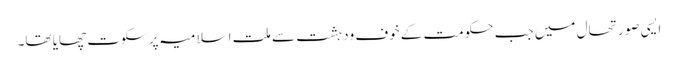
ایسی صورتحال میں جب حکومت کے خوف ودہشت سے ملت اسلامیہ پر سکوت چھایا تھا۔